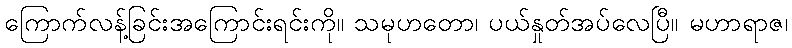
ကြောက်လန့်ခြင်းအကြောင်းရင်းကို။ သမုဟတော၊ ပယ်နှုတ်အပ်လေပြီ။ မဟာရာဇ၊